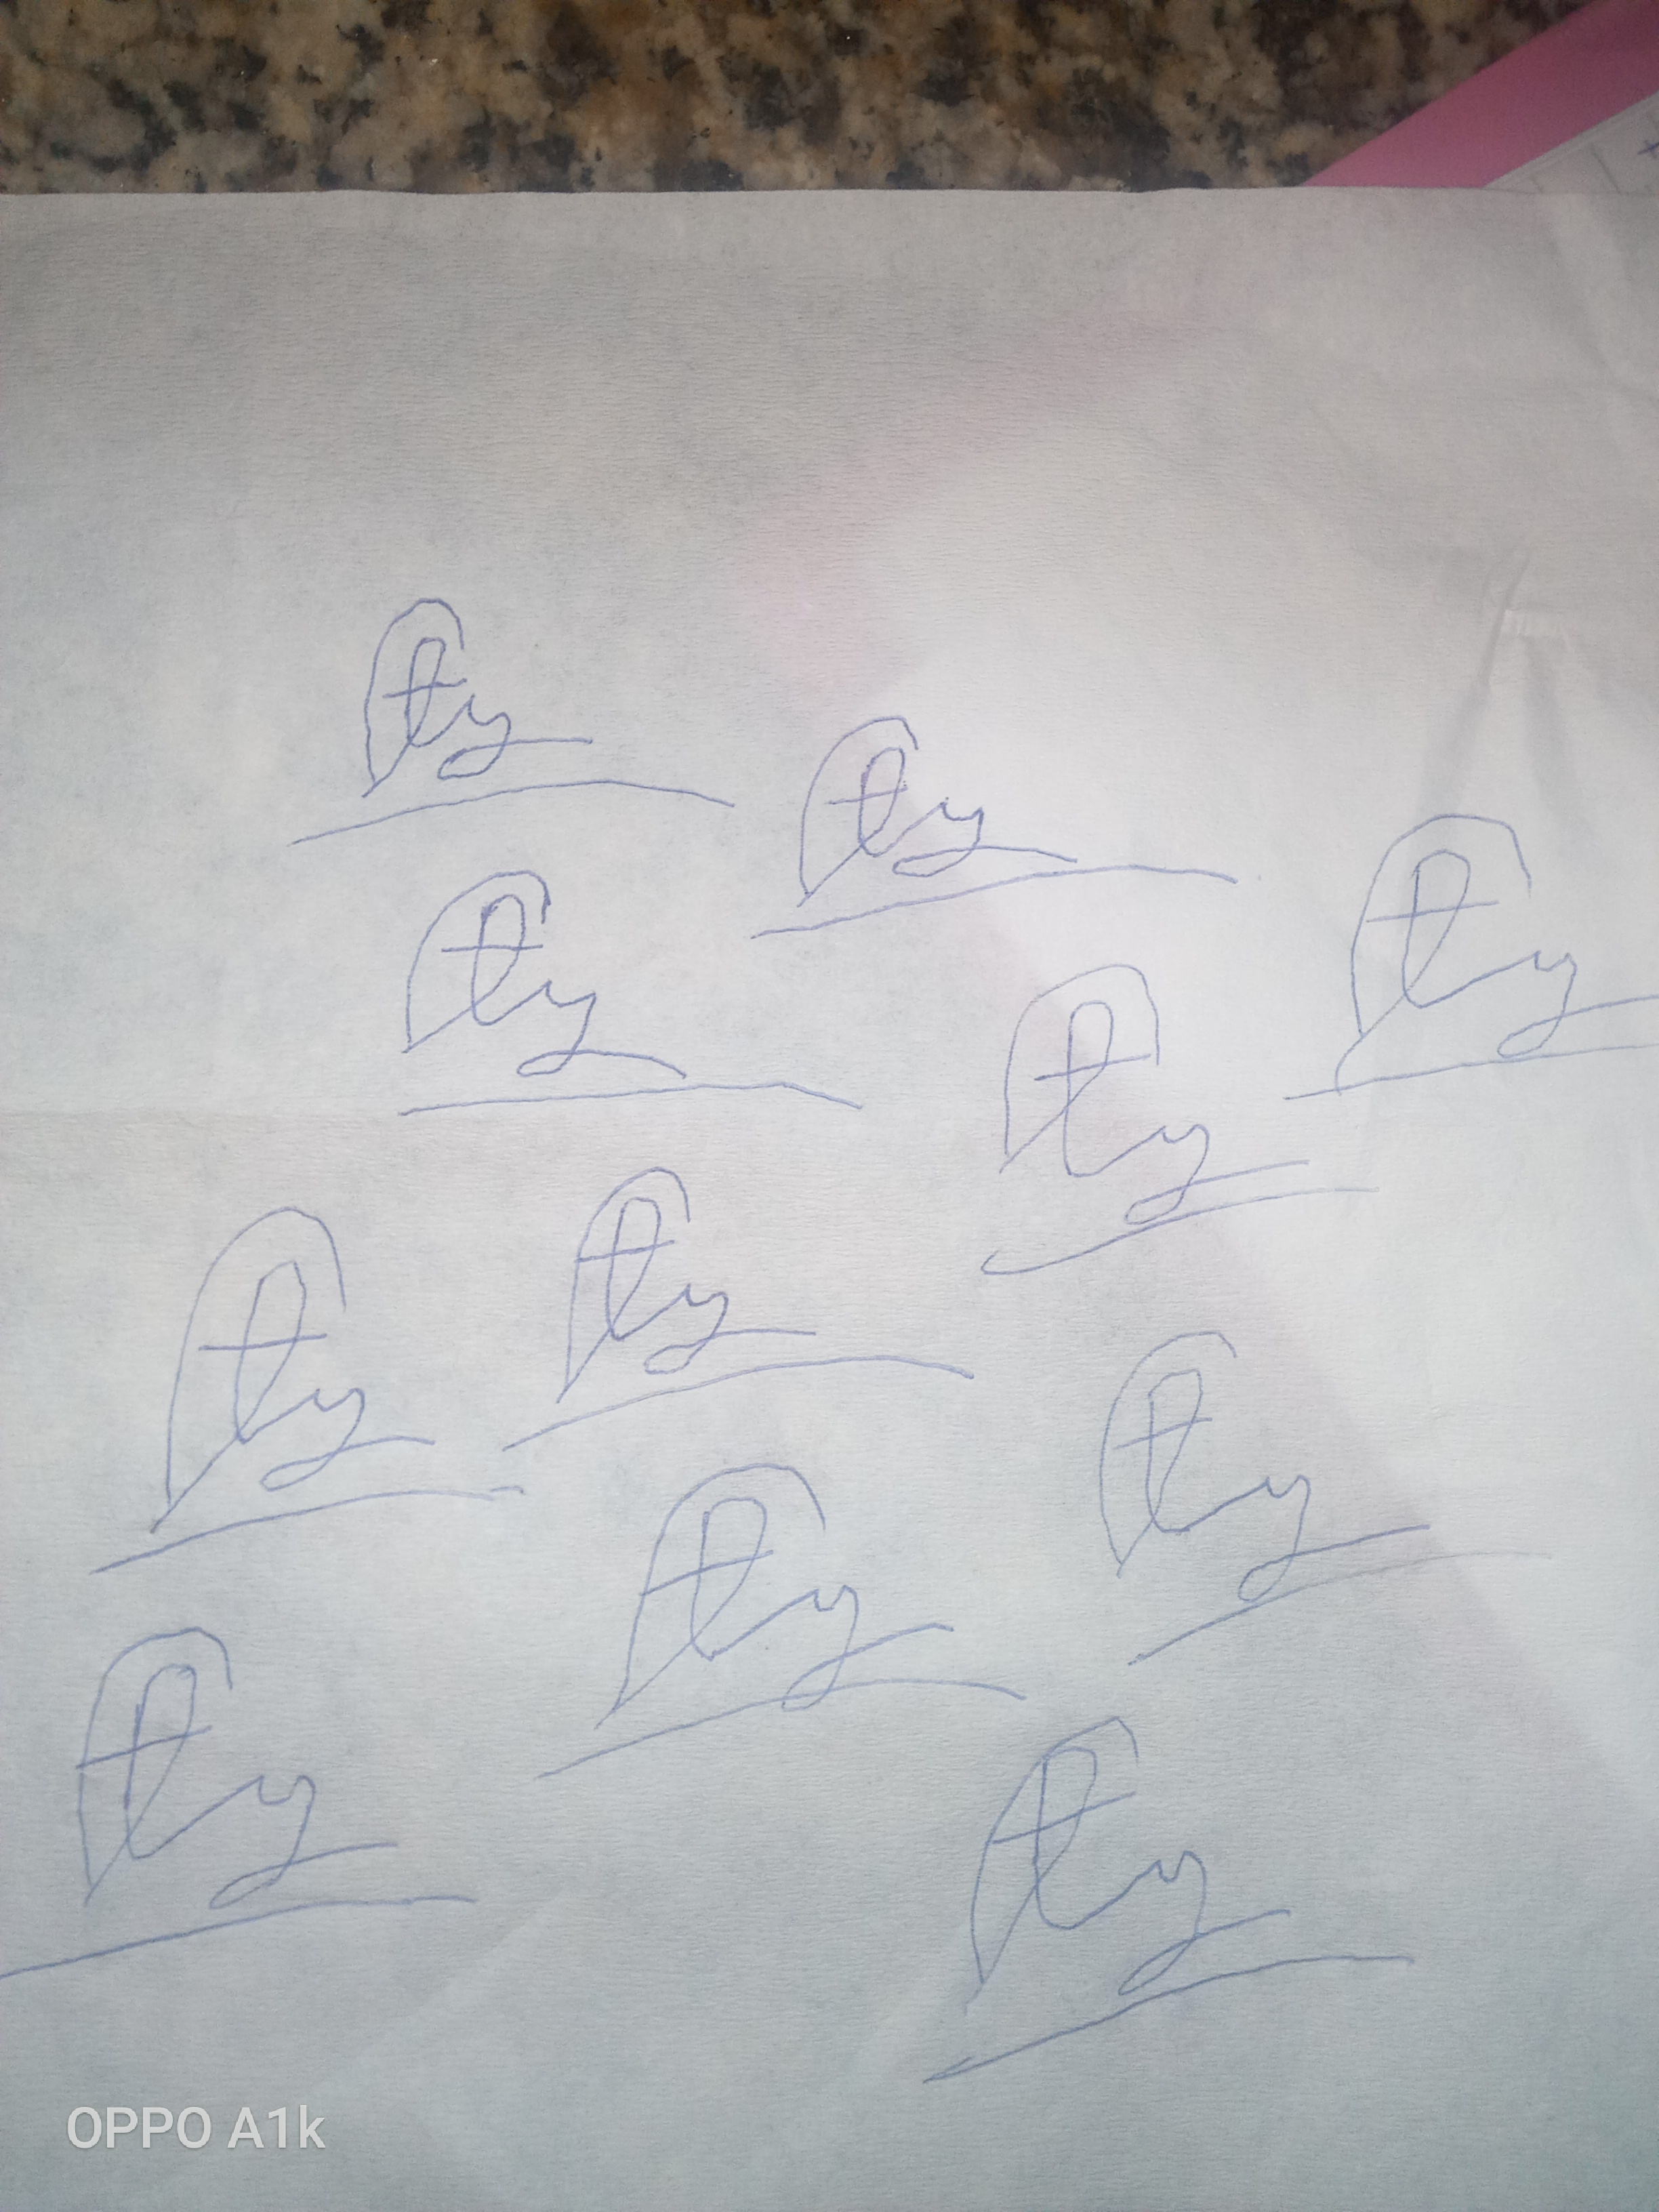
Signature authenticity: forged